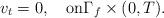
LaTeX: \begin{align*}v_t=0,\quad\mbox{on}\Gamma_f\times(0,T).\end{align*}